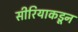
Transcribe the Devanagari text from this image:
सीरियाकडून